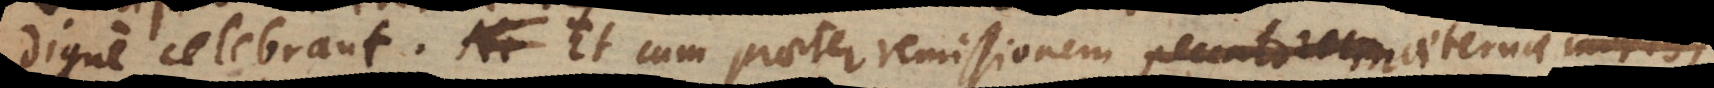
digne celebrant. Et cum praeter remissionem peccatorum alia multa